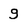
Character: g